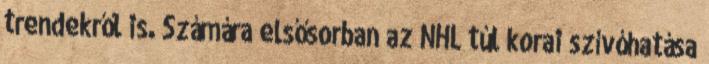
trendekről is. Számára elsősorban az NHL túl korai szívóhatása